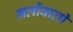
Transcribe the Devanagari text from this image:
नलोंवाली